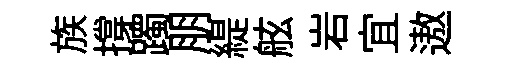
族撐躅朋緹舷岩宜遨